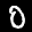
Digit: 0